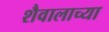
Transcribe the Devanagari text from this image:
शैवालाच्या